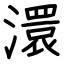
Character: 澴